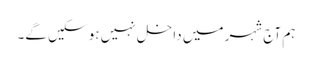
ہم آج شہر میں داخل نہیں ہو سکیں گے۔